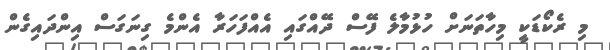
މި ރެކޯޑަކީ މިހާތަނަށް ހުޅުމާލެ ފޭސް ދޭއްގައި އެއްފަހަރާ އެންމެ ގިނަގަސް އިންދައިގެން